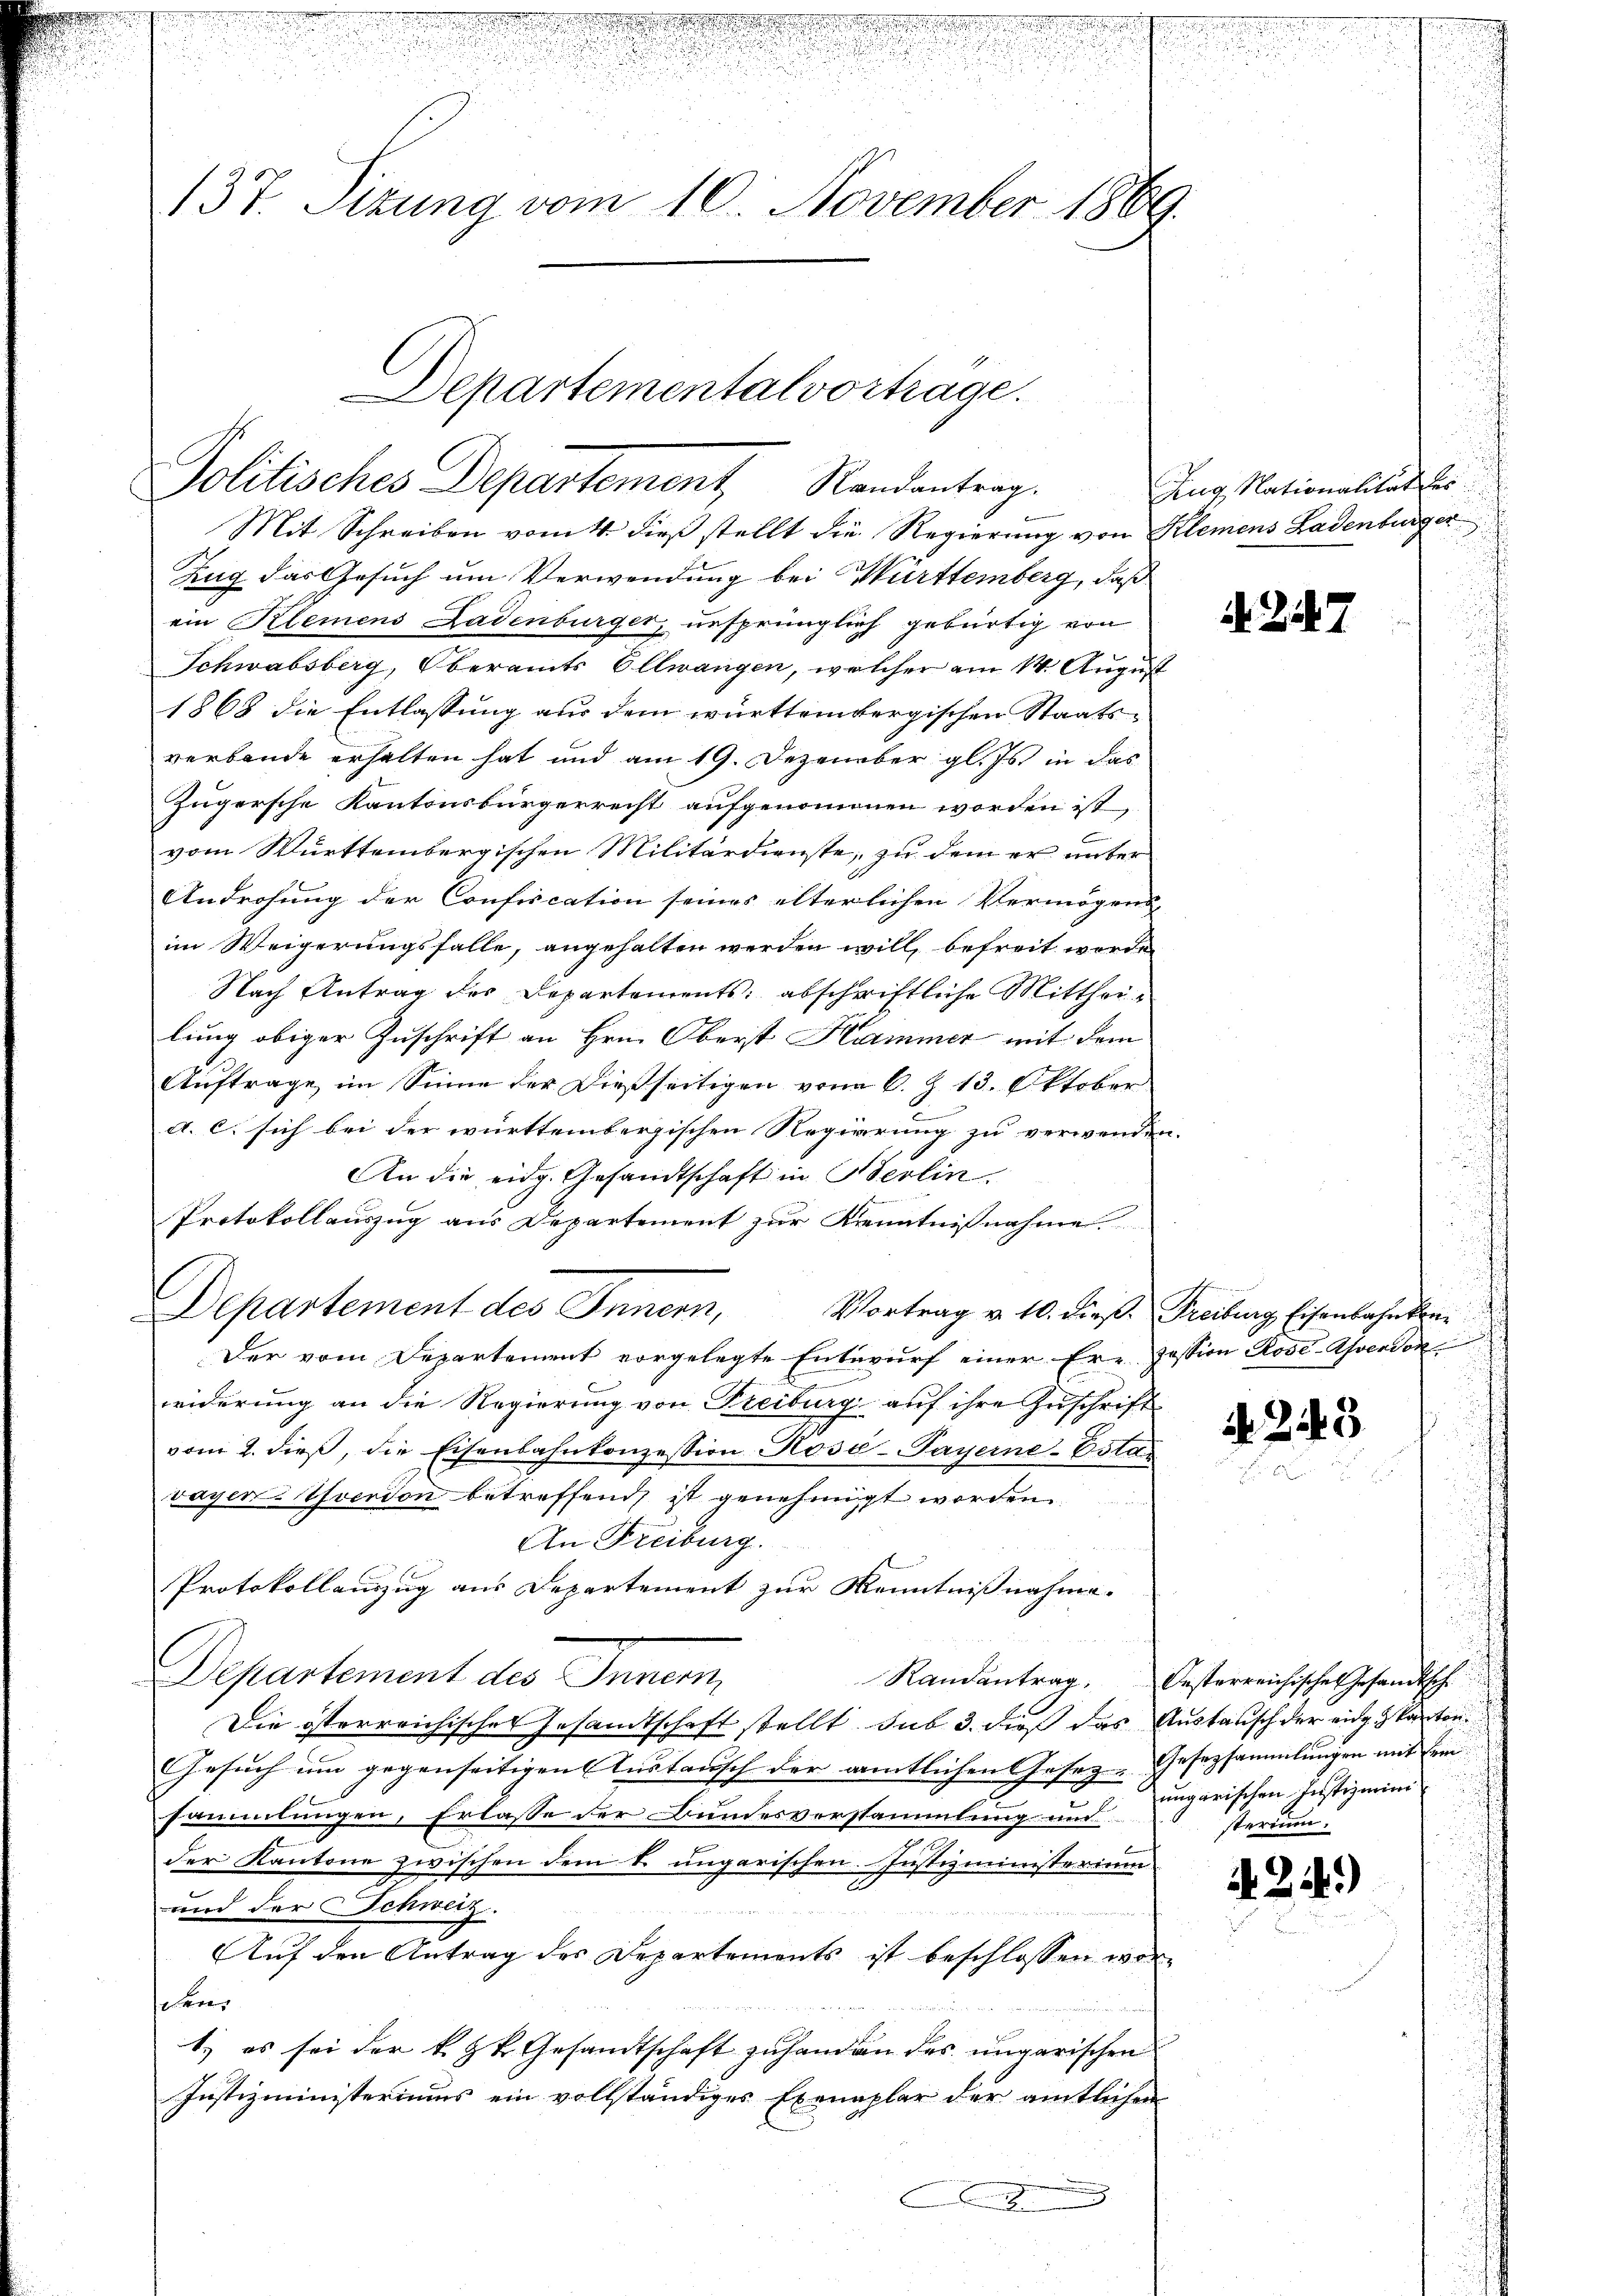
t

137. Sttung vom 10. November 1869.

Departemental vortrage.
Politisches Departement, Randantrag.

Mit Schreiben vom 4. dieß stellt die Regierung von Klemens Ladenburger
Zug das Gesuch um Verwendung bei Württemberg, daß
ein Klemens Ladenburger, ursprünglich gebürtig von
Schwabsberg, Oberamts Ellwangen, welcher am 14. August
1868 die Entlassung aus dem württembergischen Staatsverbande erhalten hat und am 19. Dezember gl. Js. in das
Zugersche Kantonsbürgerrecht aufgenommen worden ist,
vom Württembergischen Militärdienste, zu dem er unter¬
Androhung der Confiscation seines älterlichen Vermögens-
im Weigerungsfalle, angehalten werden will, befreit werde,
Nach Antrag des Departements abschriftliche Mittheilung obiger Zuschrift an Hrn. Oberst Hammer mit dem
Auftrage im Sinne der dießseitigen vom 6. Z. 13. Oktober
d. c. sich bei der württembergischen Regierung zu verwenden.
An die eidg. Gesandtschaft in Berlin.
Protokollauszug aus Departement zur Kenntnißnahme
Departement des Innern,
Vortrag v. 10. dieß. Freiburg Eisenbahnkom
Der vom Departement vorgelegte Entwurf einer Er-Passion Rose-Ahverdor
widerung an die Regierung von Freiburg auf ihre Zuschrift
vom 2. dieß, die Eisenbahnkonzession Rose-Payerne-Esta
vayer Yverdon betreffend ist genehmigt worden.
An Freiburg.
Protokollauszug aus Departement zur Kenntnißnahme.
Departement des Innern
Die österreichischer Gesandtschaft stellt sub 3. dieß das Austausch der ein kanton
Gesuch um gegenseitigen Austausch der amtlichen Gesez-Gesezsammlungen mit ein |
sammlungen, Erlasse der Bundesversammlung und
n
der Kantone zwischen dem 8. ungarischen. Justizministerium
und der Schweiz.

Auf den Antrag des Departements ist beschlossen worsekre
1.) es sei der k. k. Gesandtschaft zu handen des ungarischen
Justizministeriums ein vollständiges Exemplar der amtlichen
B

Zug, Nationalität des

247

. 343

Randantrag. Oesterreichische Gesandtsch
ungarischen Justizministerium.

if. 214.)